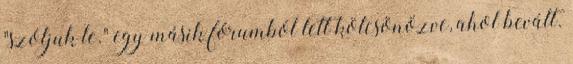
"szóljuk le." egy másik fórumból lett kölcsönözve, ahol bevált.